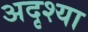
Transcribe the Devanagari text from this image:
अदृश्या